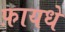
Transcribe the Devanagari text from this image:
फ़ायधे